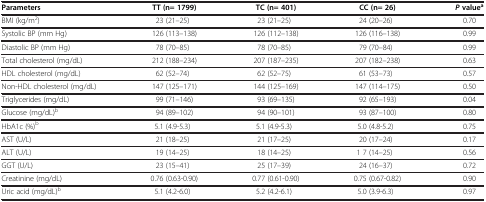
<table><thead><tr><td><b>Parameters</b></td><td><b>TT (n= 1799)</b></td><td><b>TC (n= 401)</b></td><td><b>CC (n= 26)</b></td><td><b><i>P </i>value<sup>a</sup></b></td></tr></thead><tbody><tr><td>BMI (kg/m<sup>2</sup>)</td><td>23 (21–25)</td><td>23 (21–25)</td><td>24 (20–26)</td><td>0.70</td></tr><tr><td>Systolic BP (mm Hg)</td><td>126 (113–138)</td><td>126 (112–138)</td><td>126 (116–138)</td><td>0.99</td></tr><tr><td>Diastolic BP (mm Hg)</td><td>78 (70–85)</td><td>78 (70–85)</td><td>79 (70–84)</td><td>0.99</td></tr><tr><td>Total cholesterol (mg/dL)</td><td>212 (188–234)</td><td>207 (187–235)</td><td>207 (182–238)</td><td>0.63</td></tr><tr><td>HDL cholesterol (mg/dL)</td><td>62 (52–74)</td><td>62 (52–75)</td><td>61 (53–73)</td><td>0.57</td></tr><tr><td>Non-HDL cholesterol (mg/dL)</td><td>147 (125–171)</td><td>144 (125–169)</td><td>147 (114–175)</td><td>0.50</td></tr><tr><td>Triglycerides (mg/dL)</td><td>99 (71–146)</td><td>93 (69–135)</td><td>92 (65–193)</td><td>0.04</td></tr><tr><td>Glucose (mg/dL)<sup>b</sup></td><td>94 (89–102)</td><td>94 (90–101)</td><td>93 (87–100)</td><td>0.80</td></tr><tr><td>HbA1c (%)<sup>b</sup></td><td>5.1 (4.9-5.3)</td><td>5.1 (4.9-5.3)</td><td>5.0 (4.8-5.2)</td><td>0.75</td></tr><tr><td>AST (U/L)</td><td>21 (18–25)</td><td>21 (17–25)</td><td>20 (17–24)</td><td>0.17</td></tr><tr><td>ALT (U/L)</td><td>19 (14–25)</td><td>18 (14–25)</td><td>1 7 (14–25)</td><td>0.56</td></tr><tr><td>GGT (U/L)</td><td>23 (15–41)</td><td>25 (17–39)</td><td>24 (16–37)</td><td>0.72</td></tr><tr><td>Creatinine (mg/dL)</td><td>0.76 (0.63-0.90)</td><td>0.77 (0.61-0.90)</td><td>0.75 (0.67-0.82)</td><td>0.90</td></tr><tr><td>Uric acid (mg/dL)<sup>b</sup></td><td>5.1 (4.2-6.0)</td><td>5.2 (4.2-6.1)</td><td>5.0 (3.9-6.3)</td><td>0.97</td></tr></tbody></table>